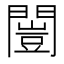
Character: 闓